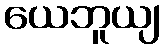
ယေဘူယျ